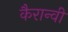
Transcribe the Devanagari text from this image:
कैरान्वी